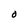
Character: O